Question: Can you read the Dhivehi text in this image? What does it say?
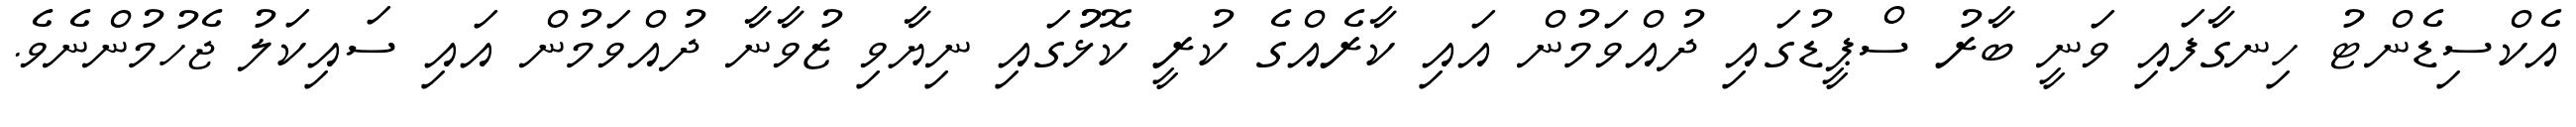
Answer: އެކްސިޑެންޓު ހިނގާފައި ވަނީ ބާރު ސްޕީޑުގައި ދުއްވަމުން އައި ކާރެއްގެ ކުރީ ކޮޅުުގައި ނިޔާވި ޒުވާނާ ދުއްވަމުން އައި ސައިކަލު ޖެހުމުންނެވެ.